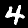
Label: 4